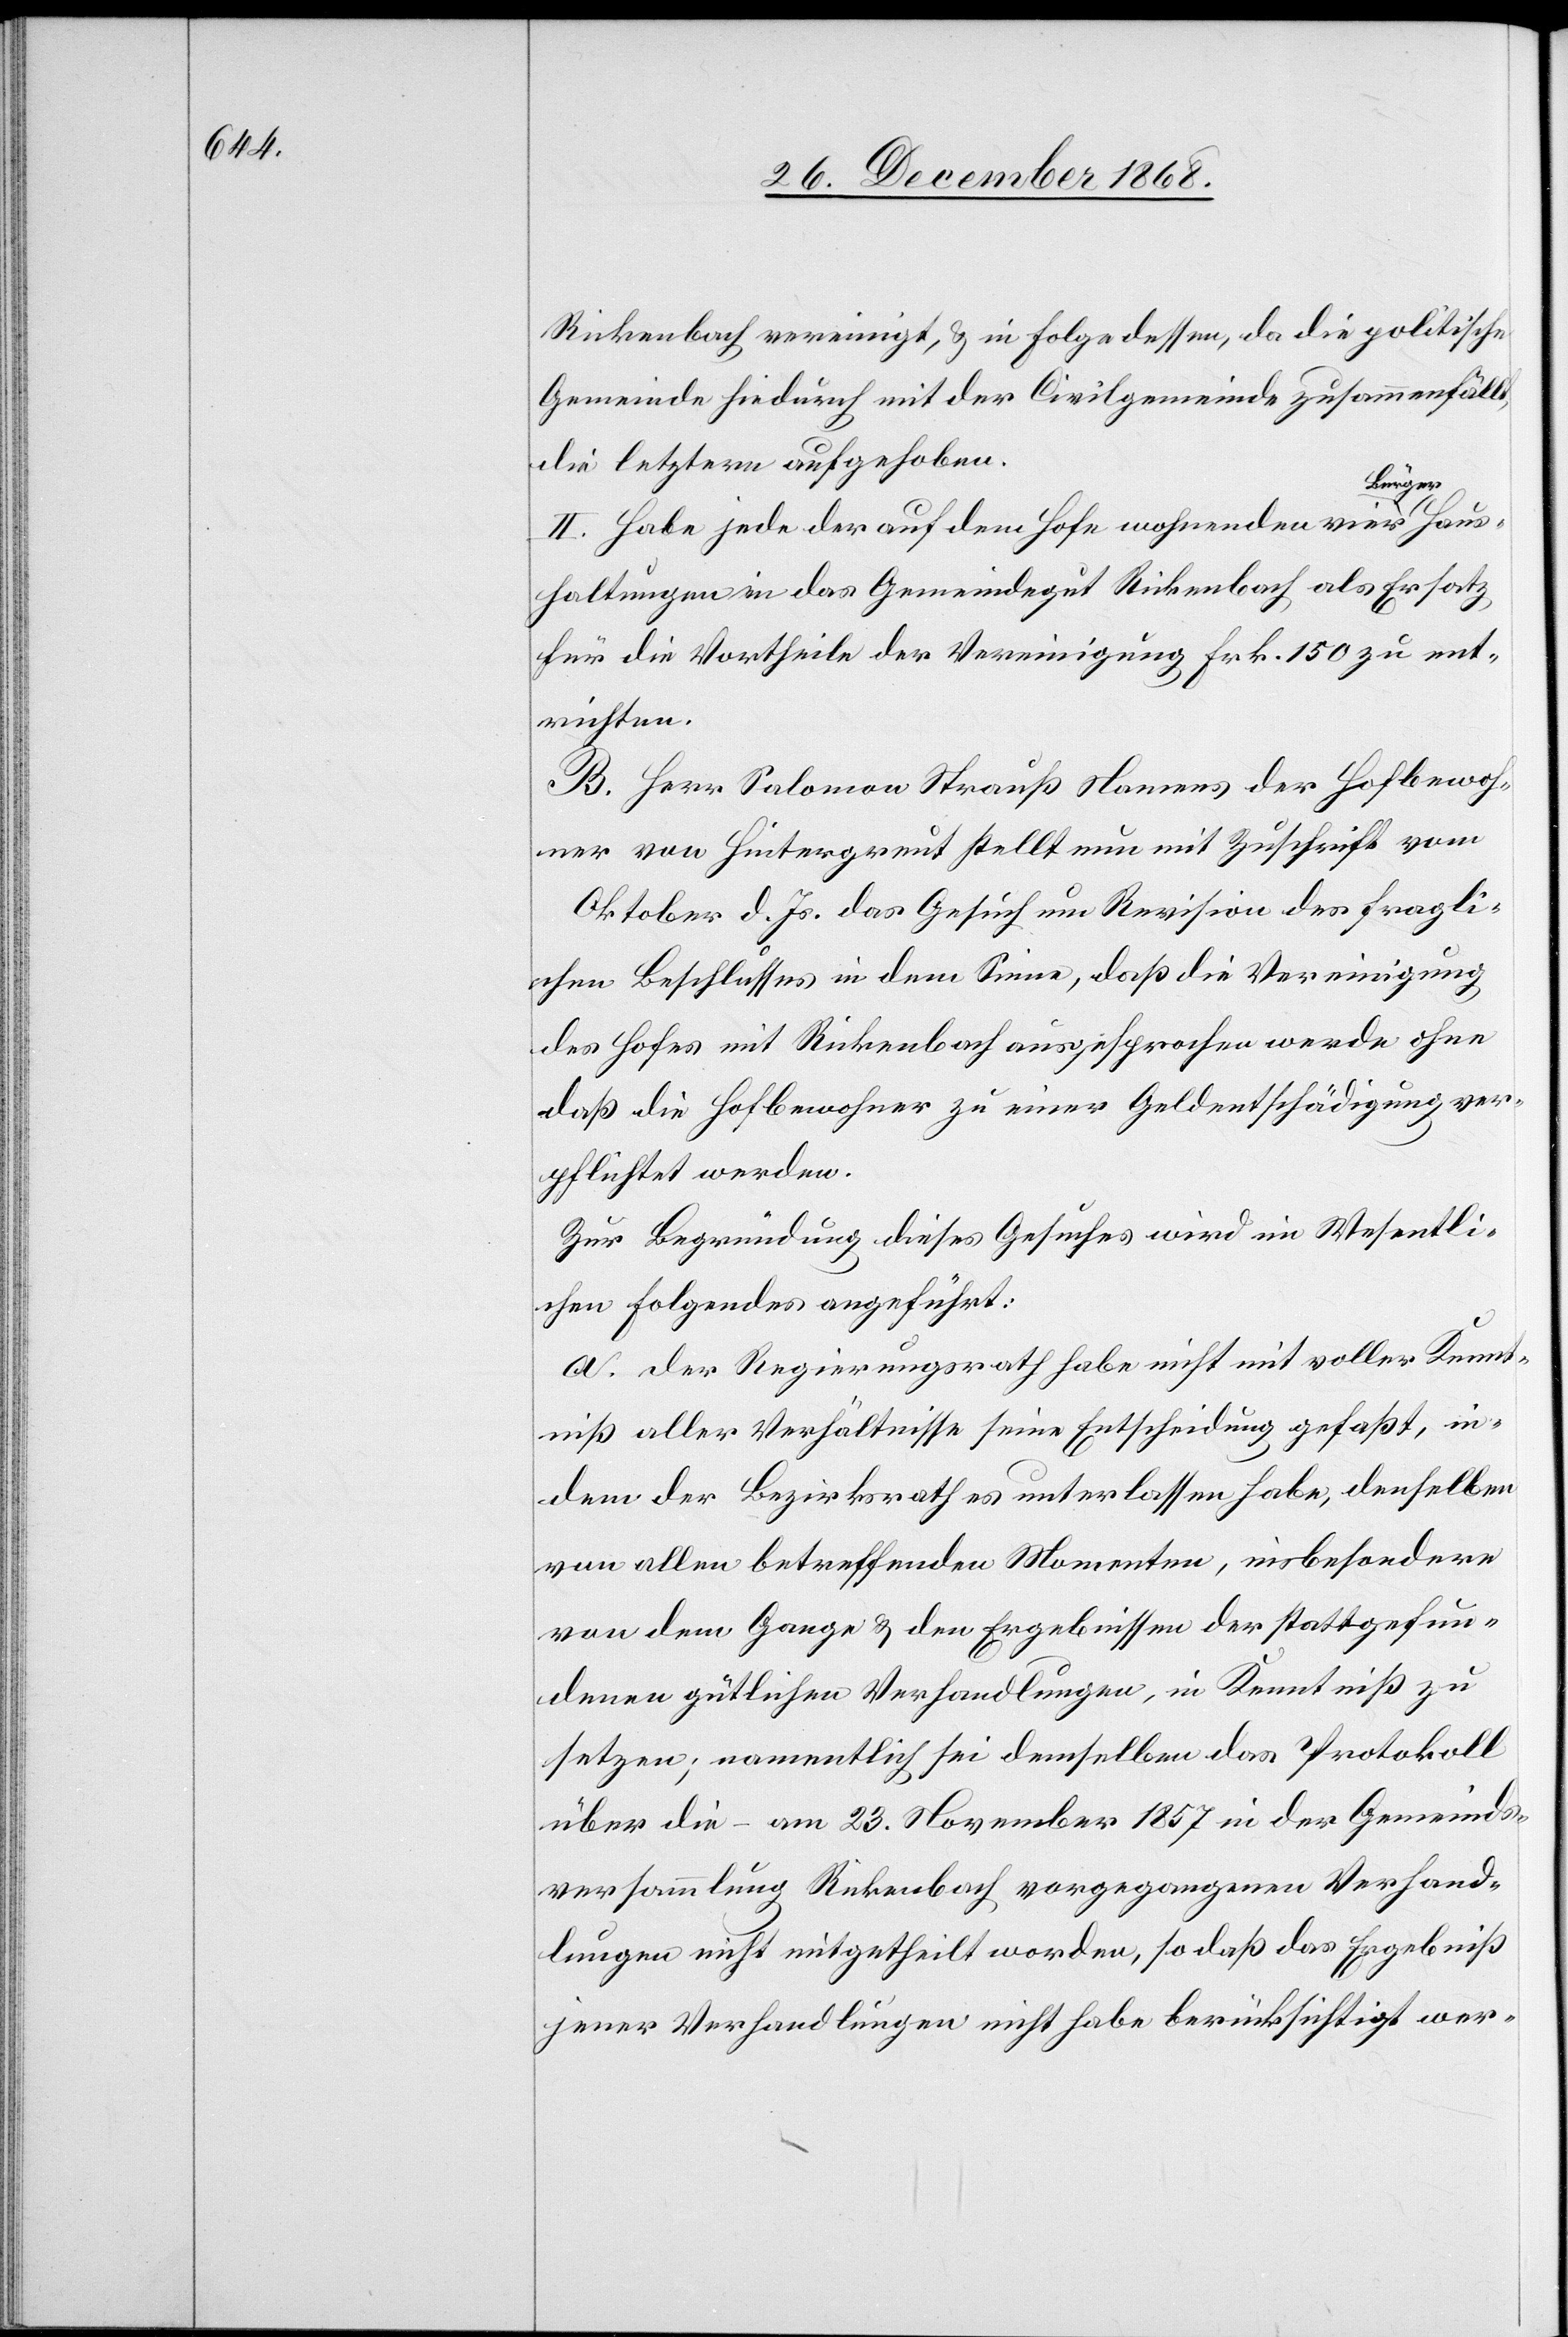
Rickenbach vereinigt, & in Folge dessen, da die politische
Gemeinde hiedurch mit der Civilgemeinde zusammenfällt,
die letztere aufgehoben.
II. Habe jede der auf dem Hofe wohnenden vier Bürgerhaus¬
haltungen in das Gemeindegut Rickenbach als Ersatz
für die Vortheile der Vereinigung Frk. 150 zu ent¬
richten.
B. Herr Salomon Strauß Namens der Hofbewoh¬
ner von Hintergreut stellt nun mit Zuschrift vom
Oktober d. Js. das Gesuch um Revision des fragli¬
chen Beschlusses in dem Sinne, daß die Vereinigung
des Hofes mit Rickenbach ausgesprochen werde ohne
daß die Hofbewohner zu einer Geldentschädigung ver¬
pflichtet werden.
Zur Begründung dieses Gesuches wird im Wesentli¬
chen Folgendes angeführt:
a. Der Regierungsrath habe nicht mit voller Kennt¬
niß aller Verhältnisse seine Entscheidung gefaßt, in¬
dem der Bezirksrath es unterlassen habe, denselben
von allen betreffenden Momenten, insbesondere
von dem Gange & den Ergebnissen der stattgefun¬
denen gütlichen Verhandlungen, in Kenntniß zu
setzen; namentlich sei demselben das Protokoll
über die – am 23. November 1857 in der Gemeinds¬
versammlung Rickenbach vorgegangenen Verhand¬
lungen nicht mitgetheilt worden, so daß das Ergebniß
jener Verhandlungen nicht habe berücksichtigt wer-